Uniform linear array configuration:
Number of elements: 16
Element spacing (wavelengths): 0.25
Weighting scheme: cosine
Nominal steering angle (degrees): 45
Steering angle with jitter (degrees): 44.425
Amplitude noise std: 0.05
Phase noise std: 0.05

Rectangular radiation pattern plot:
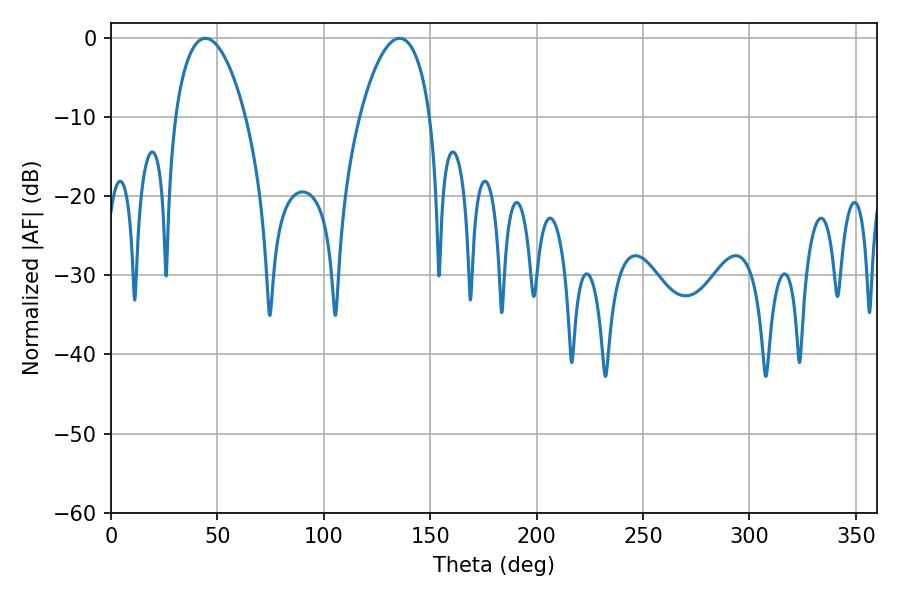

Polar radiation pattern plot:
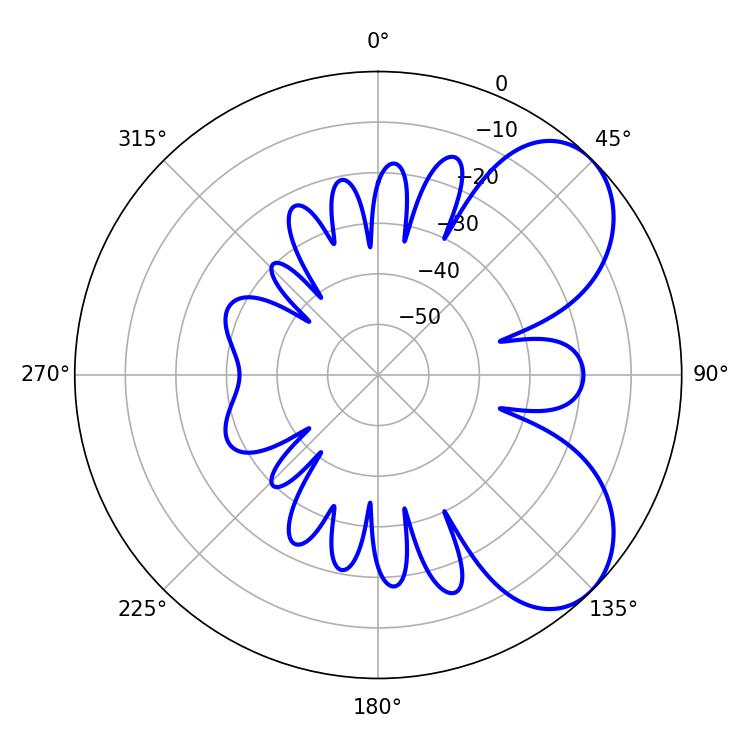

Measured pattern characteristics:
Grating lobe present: FALSE
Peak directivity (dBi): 6.106
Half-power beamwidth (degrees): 18.72
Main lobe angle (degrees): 44.28